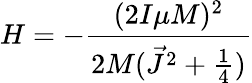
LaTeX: H=-\frac{(2I\mu M)^{2}}{2M(\vec{J}^{2}+\frac{1}{4})}